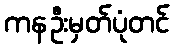
ကနဦးမှတ်ပုံတင်